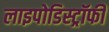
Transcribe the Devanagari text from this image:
लाइपोडिस्ट्रॉफी